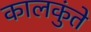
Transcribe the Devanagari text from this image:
कालकुंते